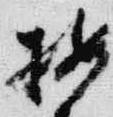
按